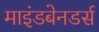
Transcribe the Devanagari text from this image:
माइंडबेनडर्स